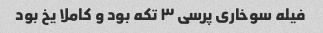
فیله سوخاری پرسی ٣ تکه بود و کاملا یخ بود